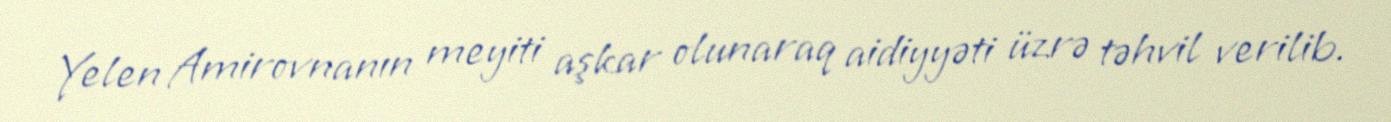
Yelen Amirovnanın meyiti aşkar olunaraq aidiyyəti üzrə təhvil verilib.